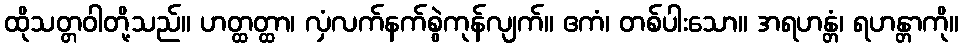
ထိုသတ္တဝါတို့သည်။ ဟတ္ထတ္ထာ၊ လှံလက်နက်စွဲကုန်လျက်။ ဧကံ၊ တစ်ပါးသော။ အရဟန္တံ၊ ရဟန္တာကို။